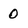
Character: 0